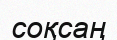
соқсаң